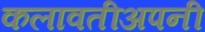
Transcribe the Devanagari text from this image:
कलावतीअपनी